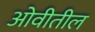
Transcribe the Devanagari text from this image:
ओवीतील